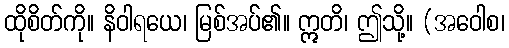
ထိုစိတ်ကို။ နိဝါရယေ၊ မြစ်အပ်၏။ ဣတိ၊ ဤသို့။ (အဝေါစ၊